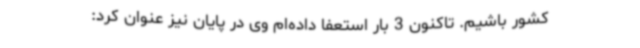
کشور باشیم. تاکنون 3 بار استعفا داده‌ام وی در پایان نیز عنوان کرد: